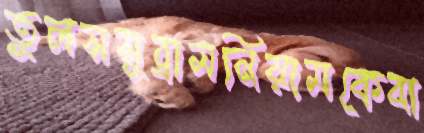
তুলসসুব্রামনিয়ামকেবা